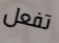
تفعل